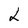
Character: L